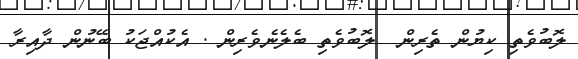
ލޮބުވެތި ކިޔުން ތެރިން  ލޮބުވެތި ބެލެނެވެރިން . އެކުއްޖަކު ބޭނުން ދާއިރާ